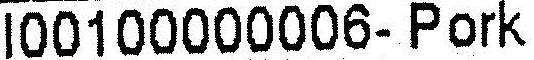
I00100000006- PORK